Report on sanitation, dispensaries, and jails in Rajputana for 1918, and on vaccination for the year 1918-1919 - 1918-1919
Year: 1918
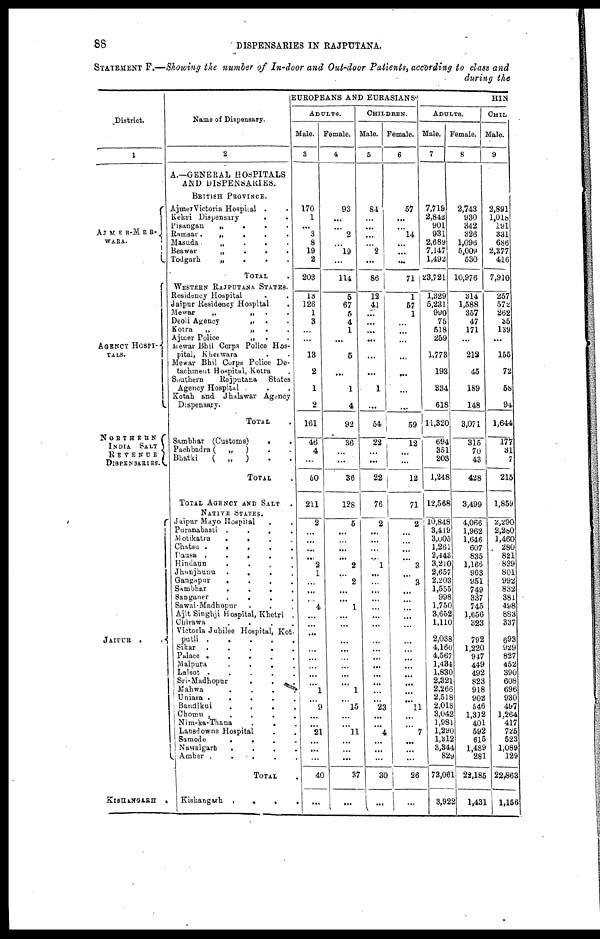
88
DISPENSARIES IN RAJPUTANA.
STATEMENT F.—Showing the number of In-door and Out-door Patients, according to class and
during the
District.
1
AJMER-MER¬
WARA.
AGENCY HOSPI¬
TALS.
NORTHERN
INDIA SALT
REVENUE
DISPENSARIES.
JAIPUR ..
KISHANGARH .
Name of Dispensary.
2
A.—GENERAL HOSPITALS
AND DISPENSARIES.
BRITISH PROVINCE.
AjmerVictoria Hospital ..
Kekri Dispensary
.
Pisangan
„
...
Ramsar
„
...
Masuda
„ ...
Beawar
„
...
Todgarh
„
...
TOTAL .
WESTERN RAJPUTANA STATES.
Residency Hospital
..
Jaipur Residency Hospital
.
Mewar
„
„
..
Deoli Agency
„ ..
Kotra
„
„ ..
Ajmer Police
„ ..
Mewar Bhil Corps Police Hos-
pital, Kherwara
Mewar Bhil Corps Police De-
tachment Hospital, Kotra .
Southern
Rajputana
States
Agency Hospital ...
Kotah and Jhalawar Agency
Dispensary.
Total
Sambhar (Customs)
..
Pachbadra (
„
) ..
Bhatki
(
„
) ..
TOTAL .
TOTAL AGENCY AND SALT .
NATIVE STATES.
Jaipur Mayo Hospital
..
Puranabasti
....
Motikatra
....
Chatsu
.....
Pausa .....
Hindaun
....
Jhunjhunu
....
Gangapur
....
Sambhar
....
Sanganer
....
Sawai-Madhopur ...
Ajit Singhji Hospital, Khetri .
Chirawa
....
Victoria Jubilee Hospital, Kot¬
putli
.....
Sikar
Palace
.....
Malpura
....
Lalsot
.....
Sri-Madhopur ...
Mahwa
....
Uniara
.....
Bandikui
....
Chomu
....
Nim-ka-Thana
Lansdowne Hospital ..
Samode
....
Nawalgach ....
Amber
.....
TOTAL .
Kishangarh
....
EUROPEANS AND EURASIANS.
ADULTS.
Male.
3
170
1
...
3
8
19
2
203
13
126
1
3
...
...
13
2
1
2
161
46
4
...
50
211
2
...
...
...
...
2
1
...
...
...
4
...
...
...
...
...
...
...
...
1
...
9
...
...
21
...
...
...
40
...
Female.
4
93
...
...
2
...
19
...
114
5
67
5
4
1
...
5
...
1
4
92
36
...
...
36
128
5
...
...
...
...
2
...
2
...
...
1
...
...
...
...
...
...
...
...
1
...
15
...
...
11
...
...
...
37
...
CHILDREN.
Male.
5
84
...
...
...
...
2
...
86
12
41
...
...
...
...
...
...
1
...
54
22
...
...
22
76
2
...
...
...
...
1
...
...
...
...
...
...
...
...
...
...
...
...
...
...
...
23
...
...
4
...
...
...
30
...
Female.
6
57
...
...
14
...
...
...
71
1
57
1
...
...
...
...
...
...
...
59
12
...
...
12
71
2
...
...
...
...
3
...
3
...
...
...
...
...
...
...
...
...
...
...
...
...
11
...
...
7
...
...
...
26
...
HIN
ADULTS.
Male.
7
7,719
2,842
901
931
2,689
7,147
1,492
23,721
1,329
5,231
990
75
518
259
1,773
193
334
618
11,320
694
351
203
1,248
12,568
10,848
3,419
3,005
1,261
2,443
3,210
2,657
2,203
1,555
998
1,750
3,652
1,110
2,038
4,160
4,567
1,434
1,830
2,321
2,266
2,518
2,018
3,042
1,981
1,290
1,312
3,344
829
73,061
3,922
Female.
8
2,743
930
342
326
1,096
5,009
530
10,976
314
1,588
357
47
171
...
212
45
189
148
3,071
315
70
43
428
3,499
4,066
1,962
1,646
607
835
1,166
963
951
749
337
745
1,656
323
792
1,220
947
449
492
823
918
902
546
1,312
401
592
615
1,489
281
22,185
1,431
CHIL
Male.
9
2,891
1,018
191
331
686
2,377
416
7,910
257
572
262
35
139
...
155
72
58
94
1,644
177
31
7
215
1,859
2,290
2,280
1,460
280
821
839
801
992
832
381
498
883
337
693
929
827
452
390
608
696
930
497
1,264
417
725
523
1,089
129
22,863
1,156